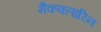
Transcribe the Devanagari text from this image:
मैकक्लारिन